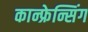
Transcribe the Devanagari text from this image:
कान्फ्रेन्सिंग